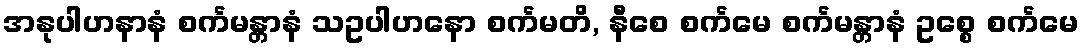
အနုပါဟနာနံ စင်္ကမန္တာနံ သဥပါဟနော စင်္ကမတိ, နီစေ စင်္ကမေ စင်္ကမန္တာနံ ဥစ္စေ စင်္ကမေ